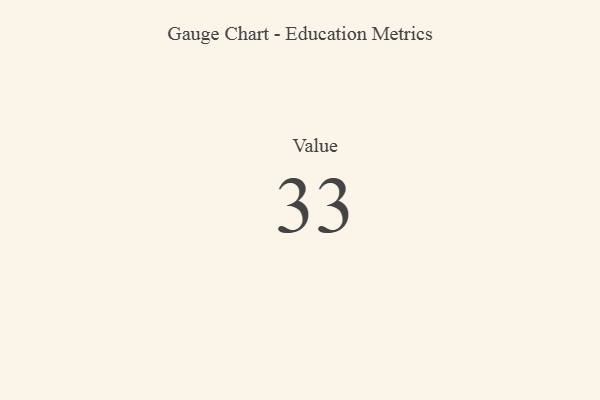
{"axis": {"x": "Metric", "y": "Value"}, "legend": [""], "data": [{"x": "Value", "y": 33, "type": ""}]}